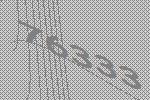
76333